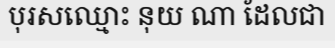
បុរសឈ្មោះ នុយ ណា ដែលជា